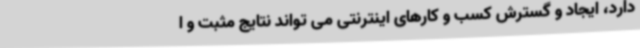
دارد، ایجاد و گسترش کسب و کارهای اینترنتی می تواند نتایج مثبت و ا